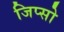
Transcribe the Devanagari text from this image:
जिप्सो